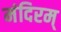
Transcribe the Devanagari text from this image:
मंदिरम्‌